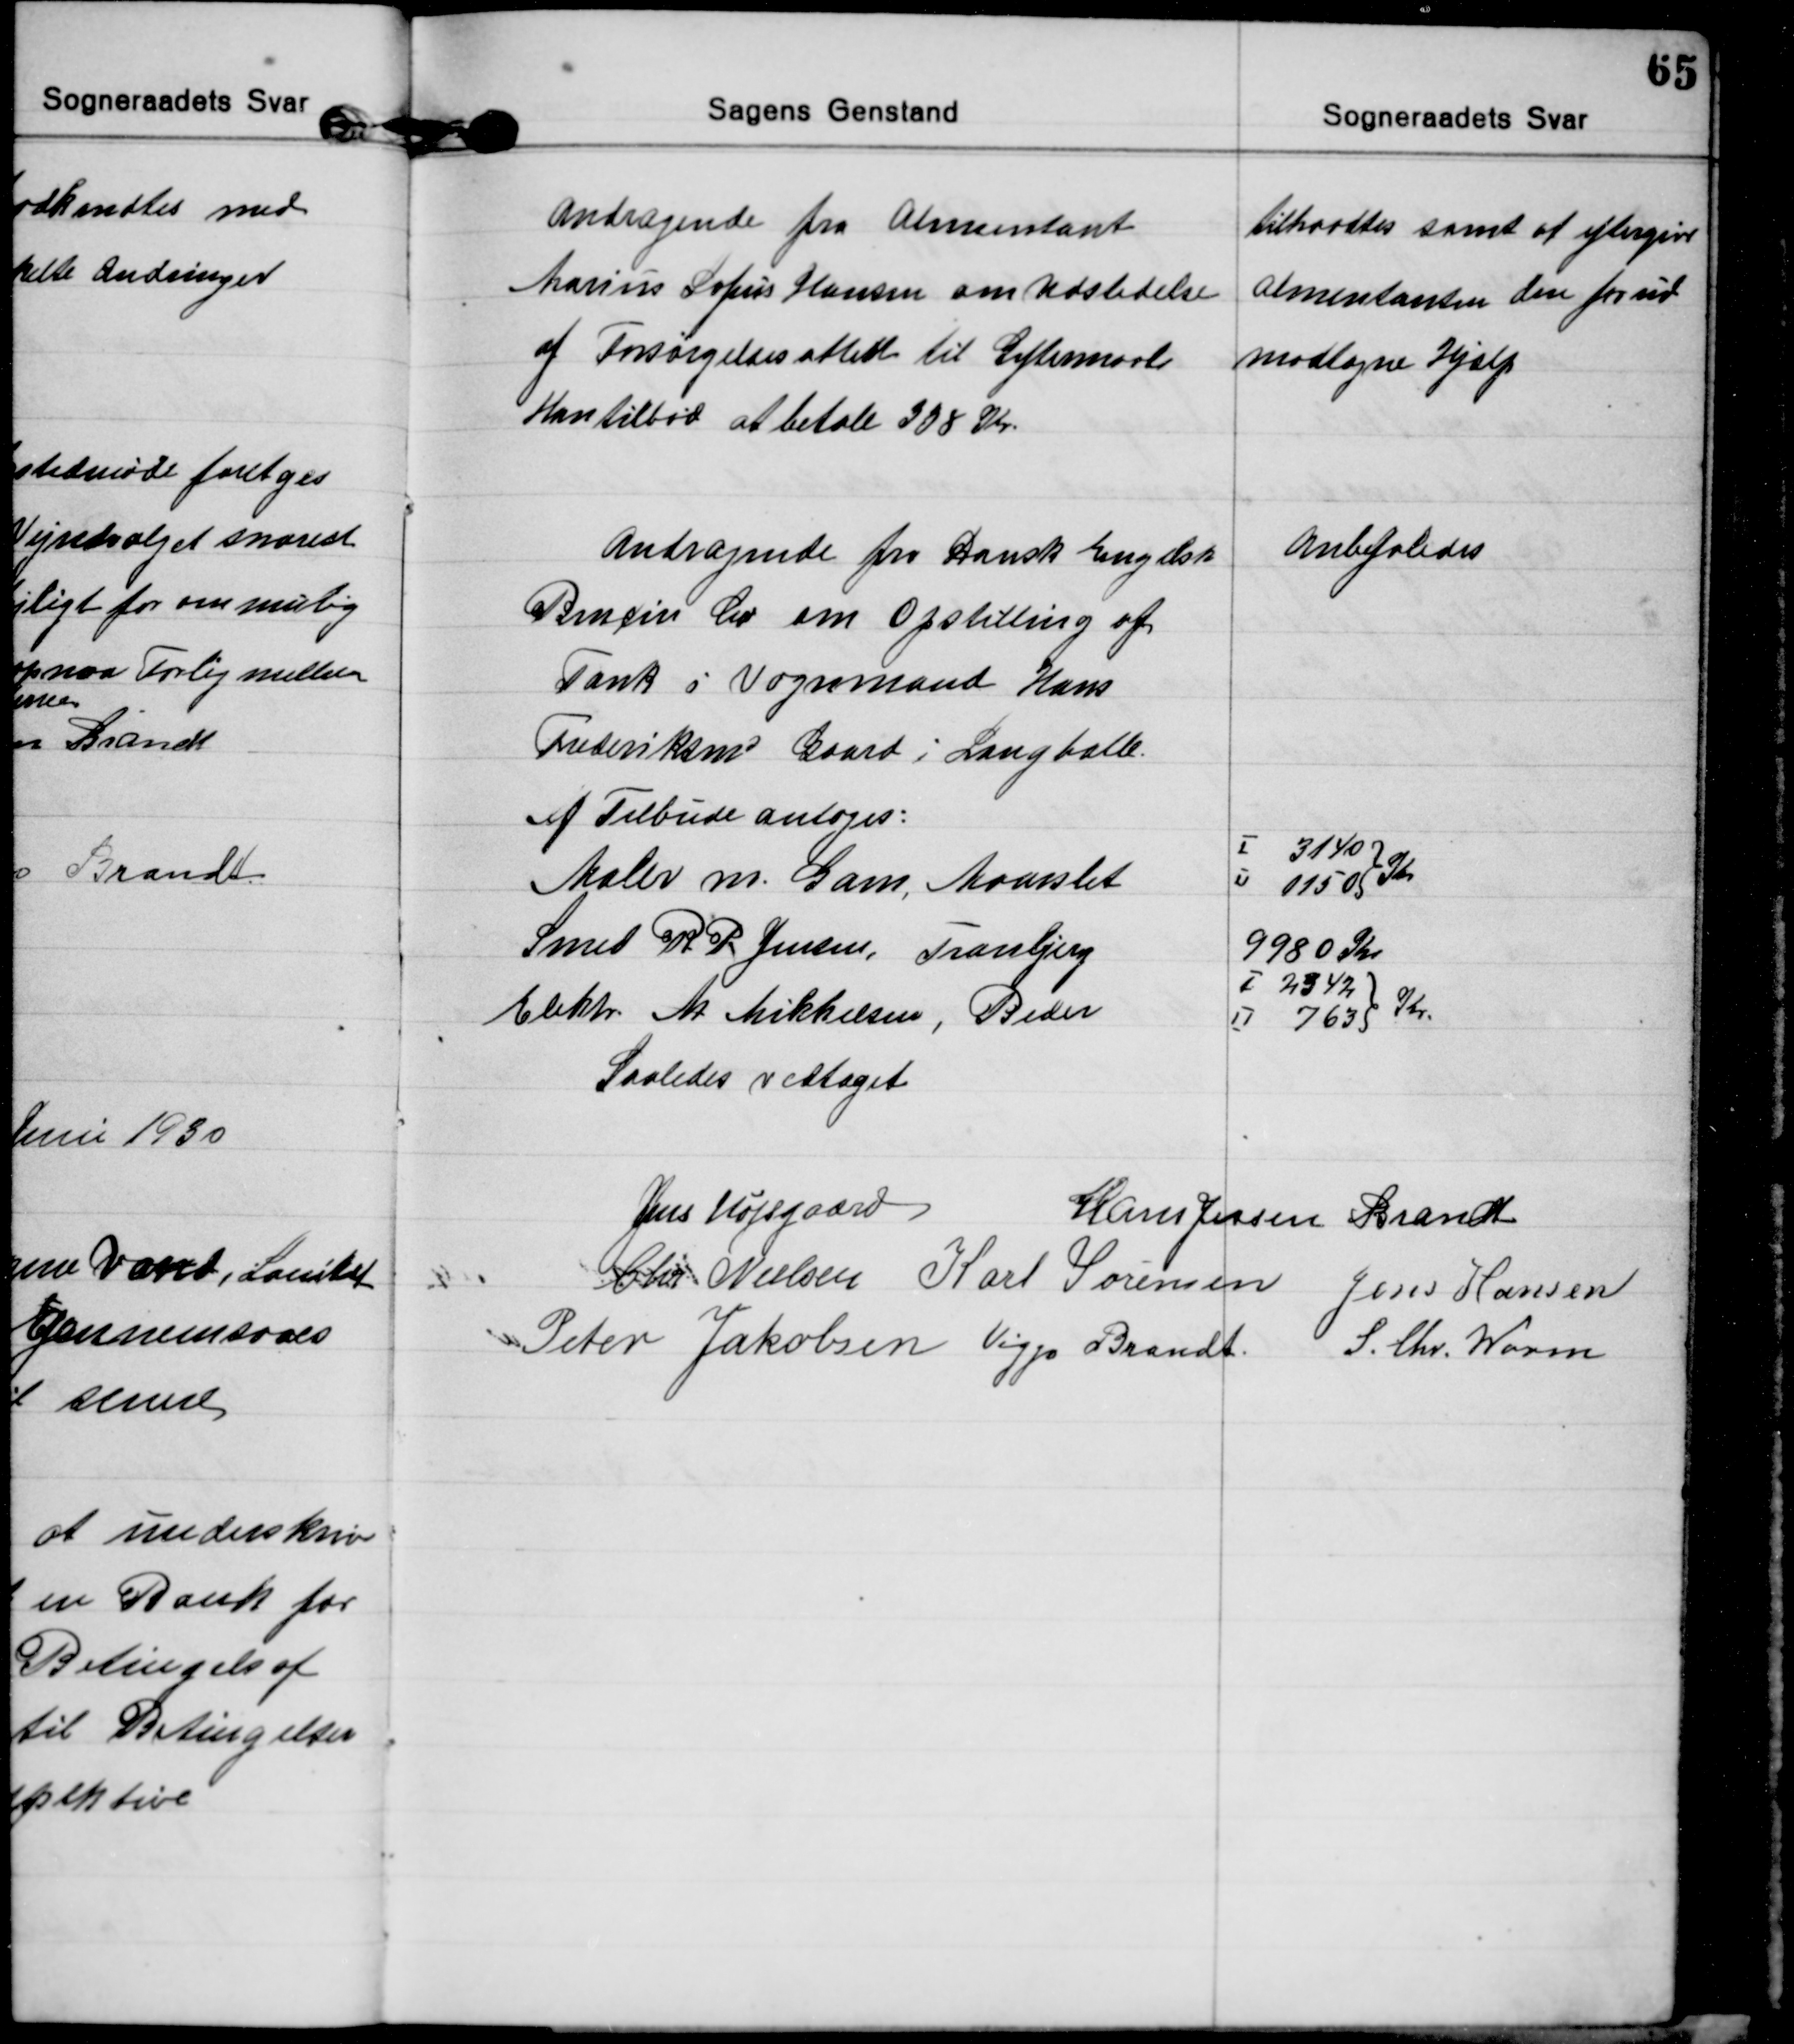
Transskription:
Andragende fra Alimentant
Marius Sofus Hansen om Udstedelse
af Forsørgelsesattest til Giftermaal
Han tilbød at betale 308 Kr.
tiltraadtes samt at eftergive
alimentanten den forud
modtagne Hjælp

Andragende fra Dansk Engelsk
Benzin Co om Opstilling af
Tank i Vognmand Hans
Frederiksens Gaard i Langballe. 
Anbefaledes
Af Tilbude antoges:
Maler m. Gam, Maarslet    
I 3140
II 1150
Kr
Smed R. P. Jensen, Tranbjerg  
9980 Kr
Elektr. M. Mikkelsen, Beder    
I 2342
II 763
Kr.
Saaledes vedtaget

Jens Højsgaard
Hans Jessen Brandt
Chr. Nielsen Karl Sørensen Jens Hansen
Peter Jakobsen Viggo Brandt S. Chr. Worm